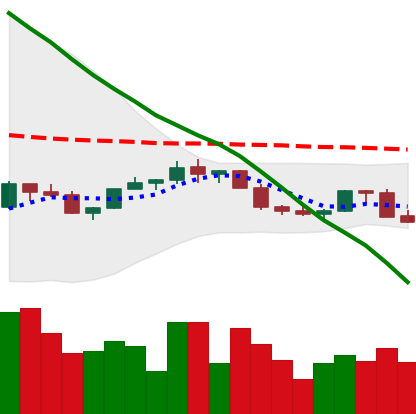
Ticker: LINK-USD
Chart end date: 2022-02-18
Forward return: -11.982%
Label: down_7plus